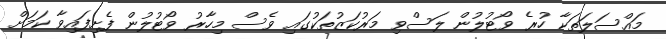
މައްސަލަތަކާ ހުރެ ވޯޓުލުން ލަސްވި މަރުކަޒުތަކުގައި ވެސް މިހާރު ވޯޓުލުން ފެށިފައިވާ ކަމަށް